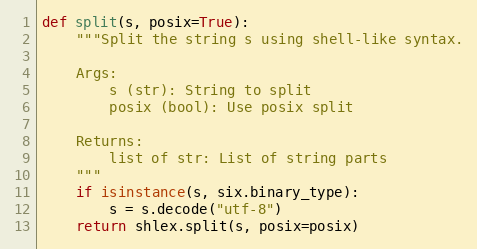
Language: Python
def split(s, posix=True):
    """Split the string s using shell-like syntax.

    Args:
        s (str): String to split
        posix (bool): Use posix split

    Returns:
        list of str: List of string parts
    """
    if isinstance(s, six.binary_type):
        s = s.decode("utf-8")
    return shlex.split(s, posix=posix)